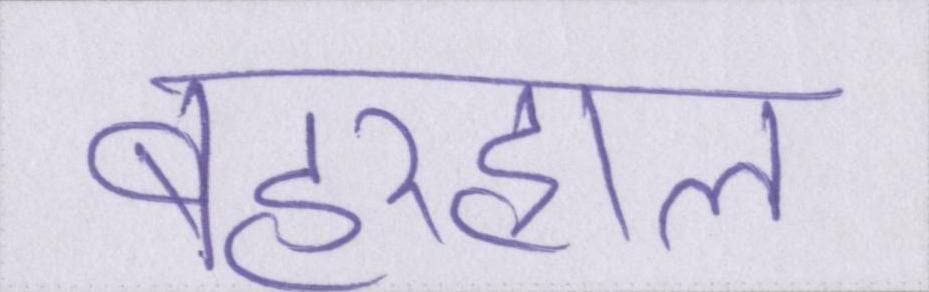
बहरहाल